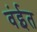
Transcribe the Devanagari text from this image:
वंईत